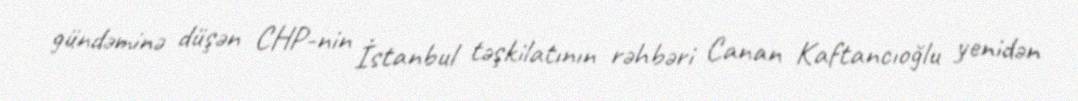
gündəminə düşən CHP-nin İstanbul təşkilatının rəhbəri Canan Kaftancıoğlu yenidən